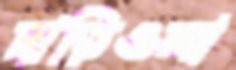
দাড়িওলা